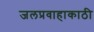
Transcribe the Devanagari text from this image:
जलप्रवाहाकाठी